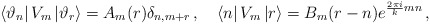
\begin{align*}\left\langle \vartheta _{n}\right| V_{m}\left| \vartheta _{r}\right\rangle =A_{m}(r)\delta _{n,m+r}\,,\quad \left\langle n\right| V_{m}\left| r\right\rangle =B_{m}(r-n)e^{\frac{2\pi i}{k}mn}\,,\end{align*}